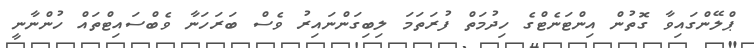
ޕްލޭންގައިވާ ގޮތުން އިންޓަނެޓްގެ ހިދުމަތް ފުރަތަމަ ލިބިގަންނައިރު ވެސް ބަރަހަނާ ވެބްސައިޓްތައް ހުންނާނީ